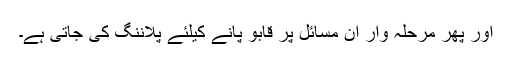
اور پھر مرحلہ وار ان مسائل پر قابو پانے کیلئے پلاننگ کی جاتی ہے۔